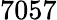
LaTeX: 7057